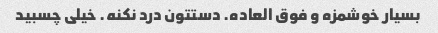
بسیار خوشمزه و فوق العاده. دستتون درد نکنه. خیلی چسبید